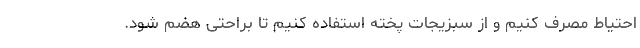
احتیاط مصرف کنیم و از سبزیجات پخته استفاده کنیم تا براحتی هضم شود.